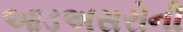
આડઅસરોની